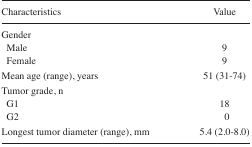
<table><thead><tr><td><b>Characteristics</b></td><td><b>Value</b></td></tr></thead><tbody><tr><td>Gender</td><td></td></tr><tr><td>Male</td><td>9</td></tr><tr><td>Female</td><td>9</td></tr><tr><td>Mean age (range), years</td><td>51 (31–74)</td></tr><tr><td>Tumor grade, n</td><td></td></tr><tr><td>G1</td><td>18</td></tr><tr><td>G2</td><td>0</td></tr><tr><td>Longest tumor diameter (range), mm</td><td>5.4 (2.0–8.0)</td></tr></tbody></table>